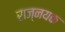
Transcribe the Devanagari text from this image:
राज्नयक